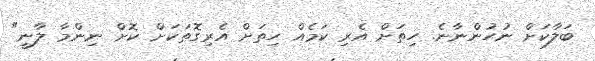
ބަލާކަށް ނުހުންނާނެ. ހިތަށް އެރި ކަމެއް ހިތަށް އެރިގޮތަކަށް ކޮށް ނިންމާ ލާނީ"